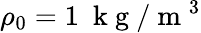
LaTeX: \rho_{0}=1~\mathrm{~k~g~}/\mathrm{~m~}^{3}